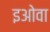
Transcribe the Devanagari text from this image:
इओवा